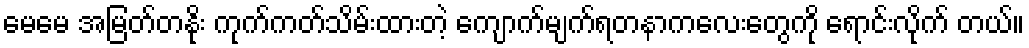
မေမေ အမြတ်တနိုး ကုက်ကတ်သိမ်းထားတဲ့ ကျောက်မျက်ရတနာကလေးတွေကို ရောင်းလိုက် တယ်။